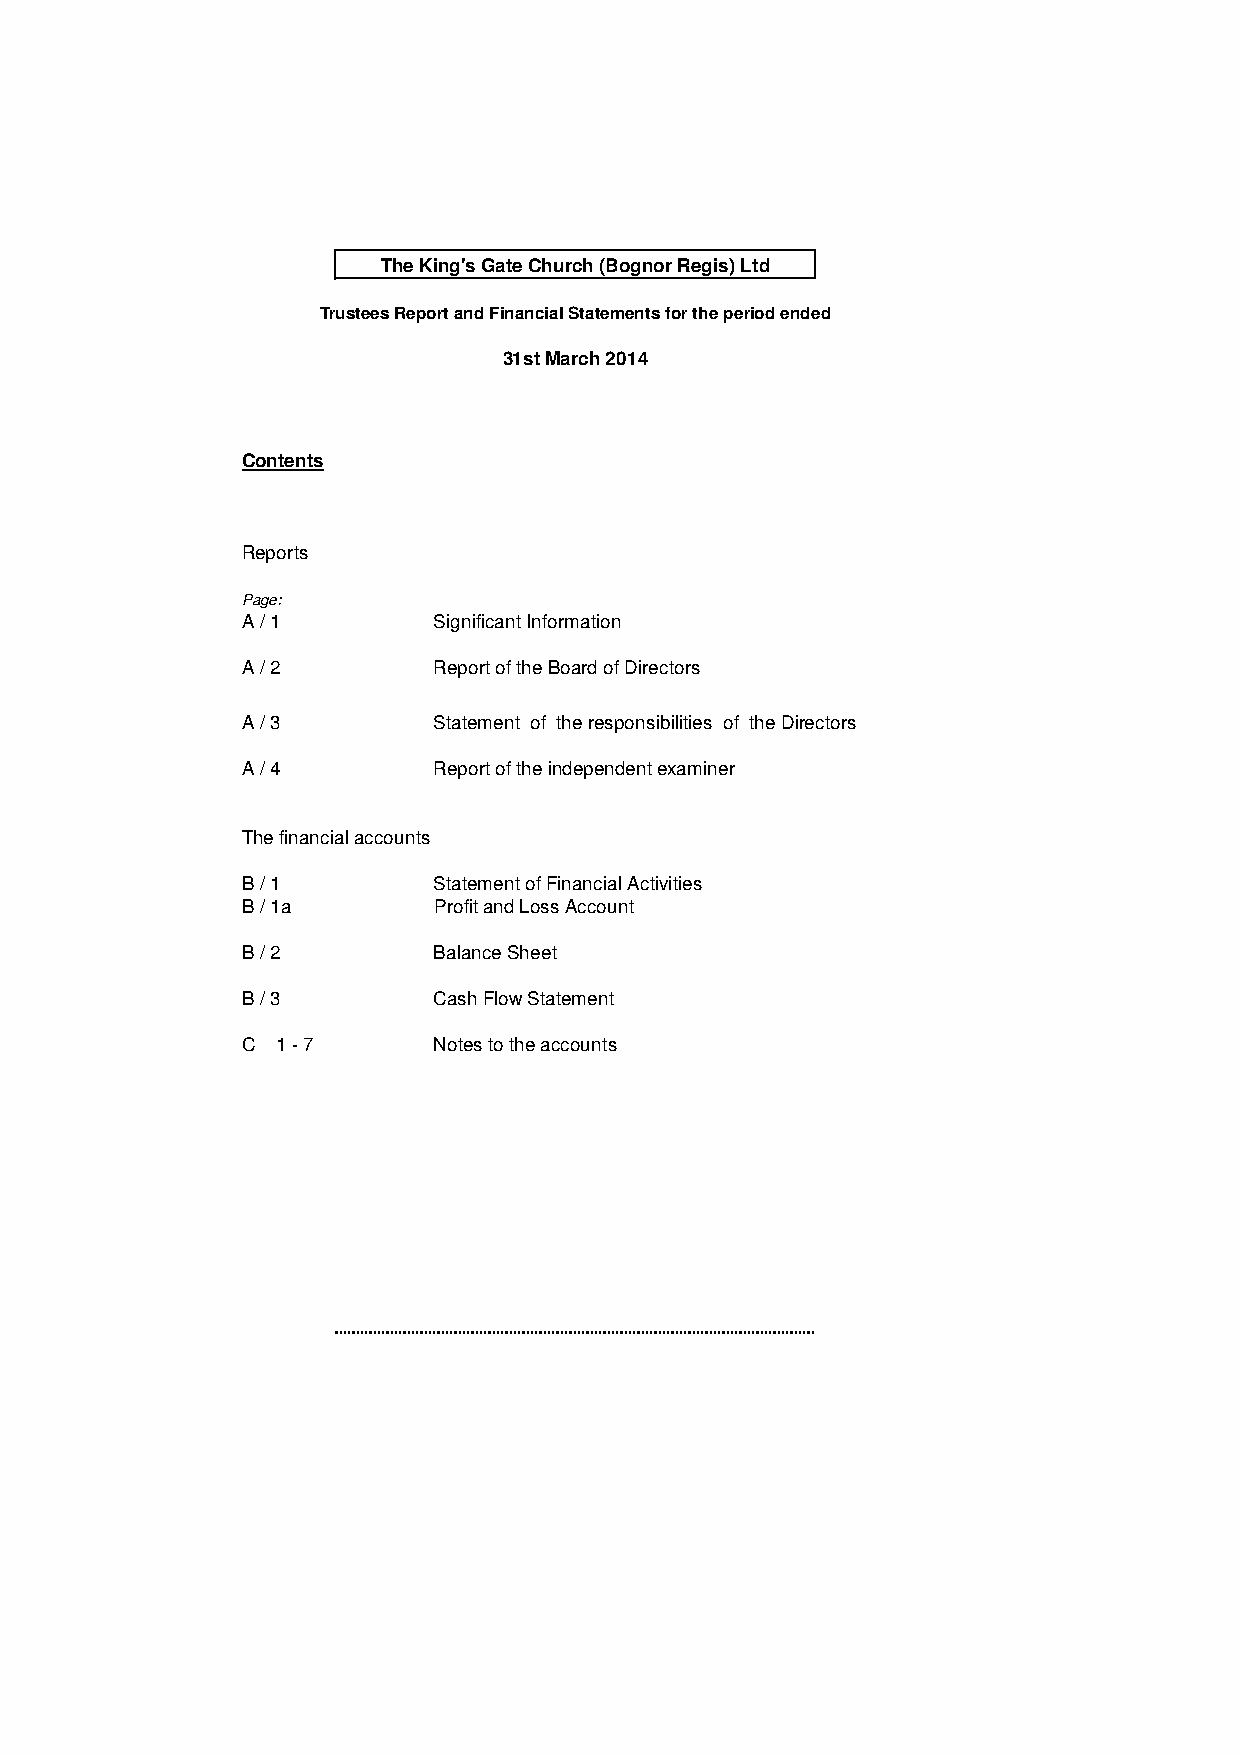
The King's Gate Church (Bognor Regis) Ltd
 Trustees Report and Financial Statements for the period ended
 31st March 2014
 Contents
 Reports
 Page:
 A / 1        Significant Information
 A / 2        Report of the Board of Directors
 A / 3        Statement of the responsibilities of the Directors
 A / 4        Report of the independent examiner
 The financial accounts
 B / 1        Statement of Financial Activities
 B / 1a       Profit and Loss Account
 B / 2        Balance Sheet
 B / 3        Cash Flow Statement
 C 1 - 7      Notes to the accounts